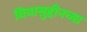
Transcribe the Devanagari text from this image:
घियासुद्दीनच्या